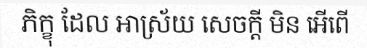
ភិក្ខុ ដែល អាស្រ័យ សេចក្តី មិន អើពើ